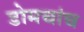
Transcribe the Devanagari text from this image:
डोमचांच